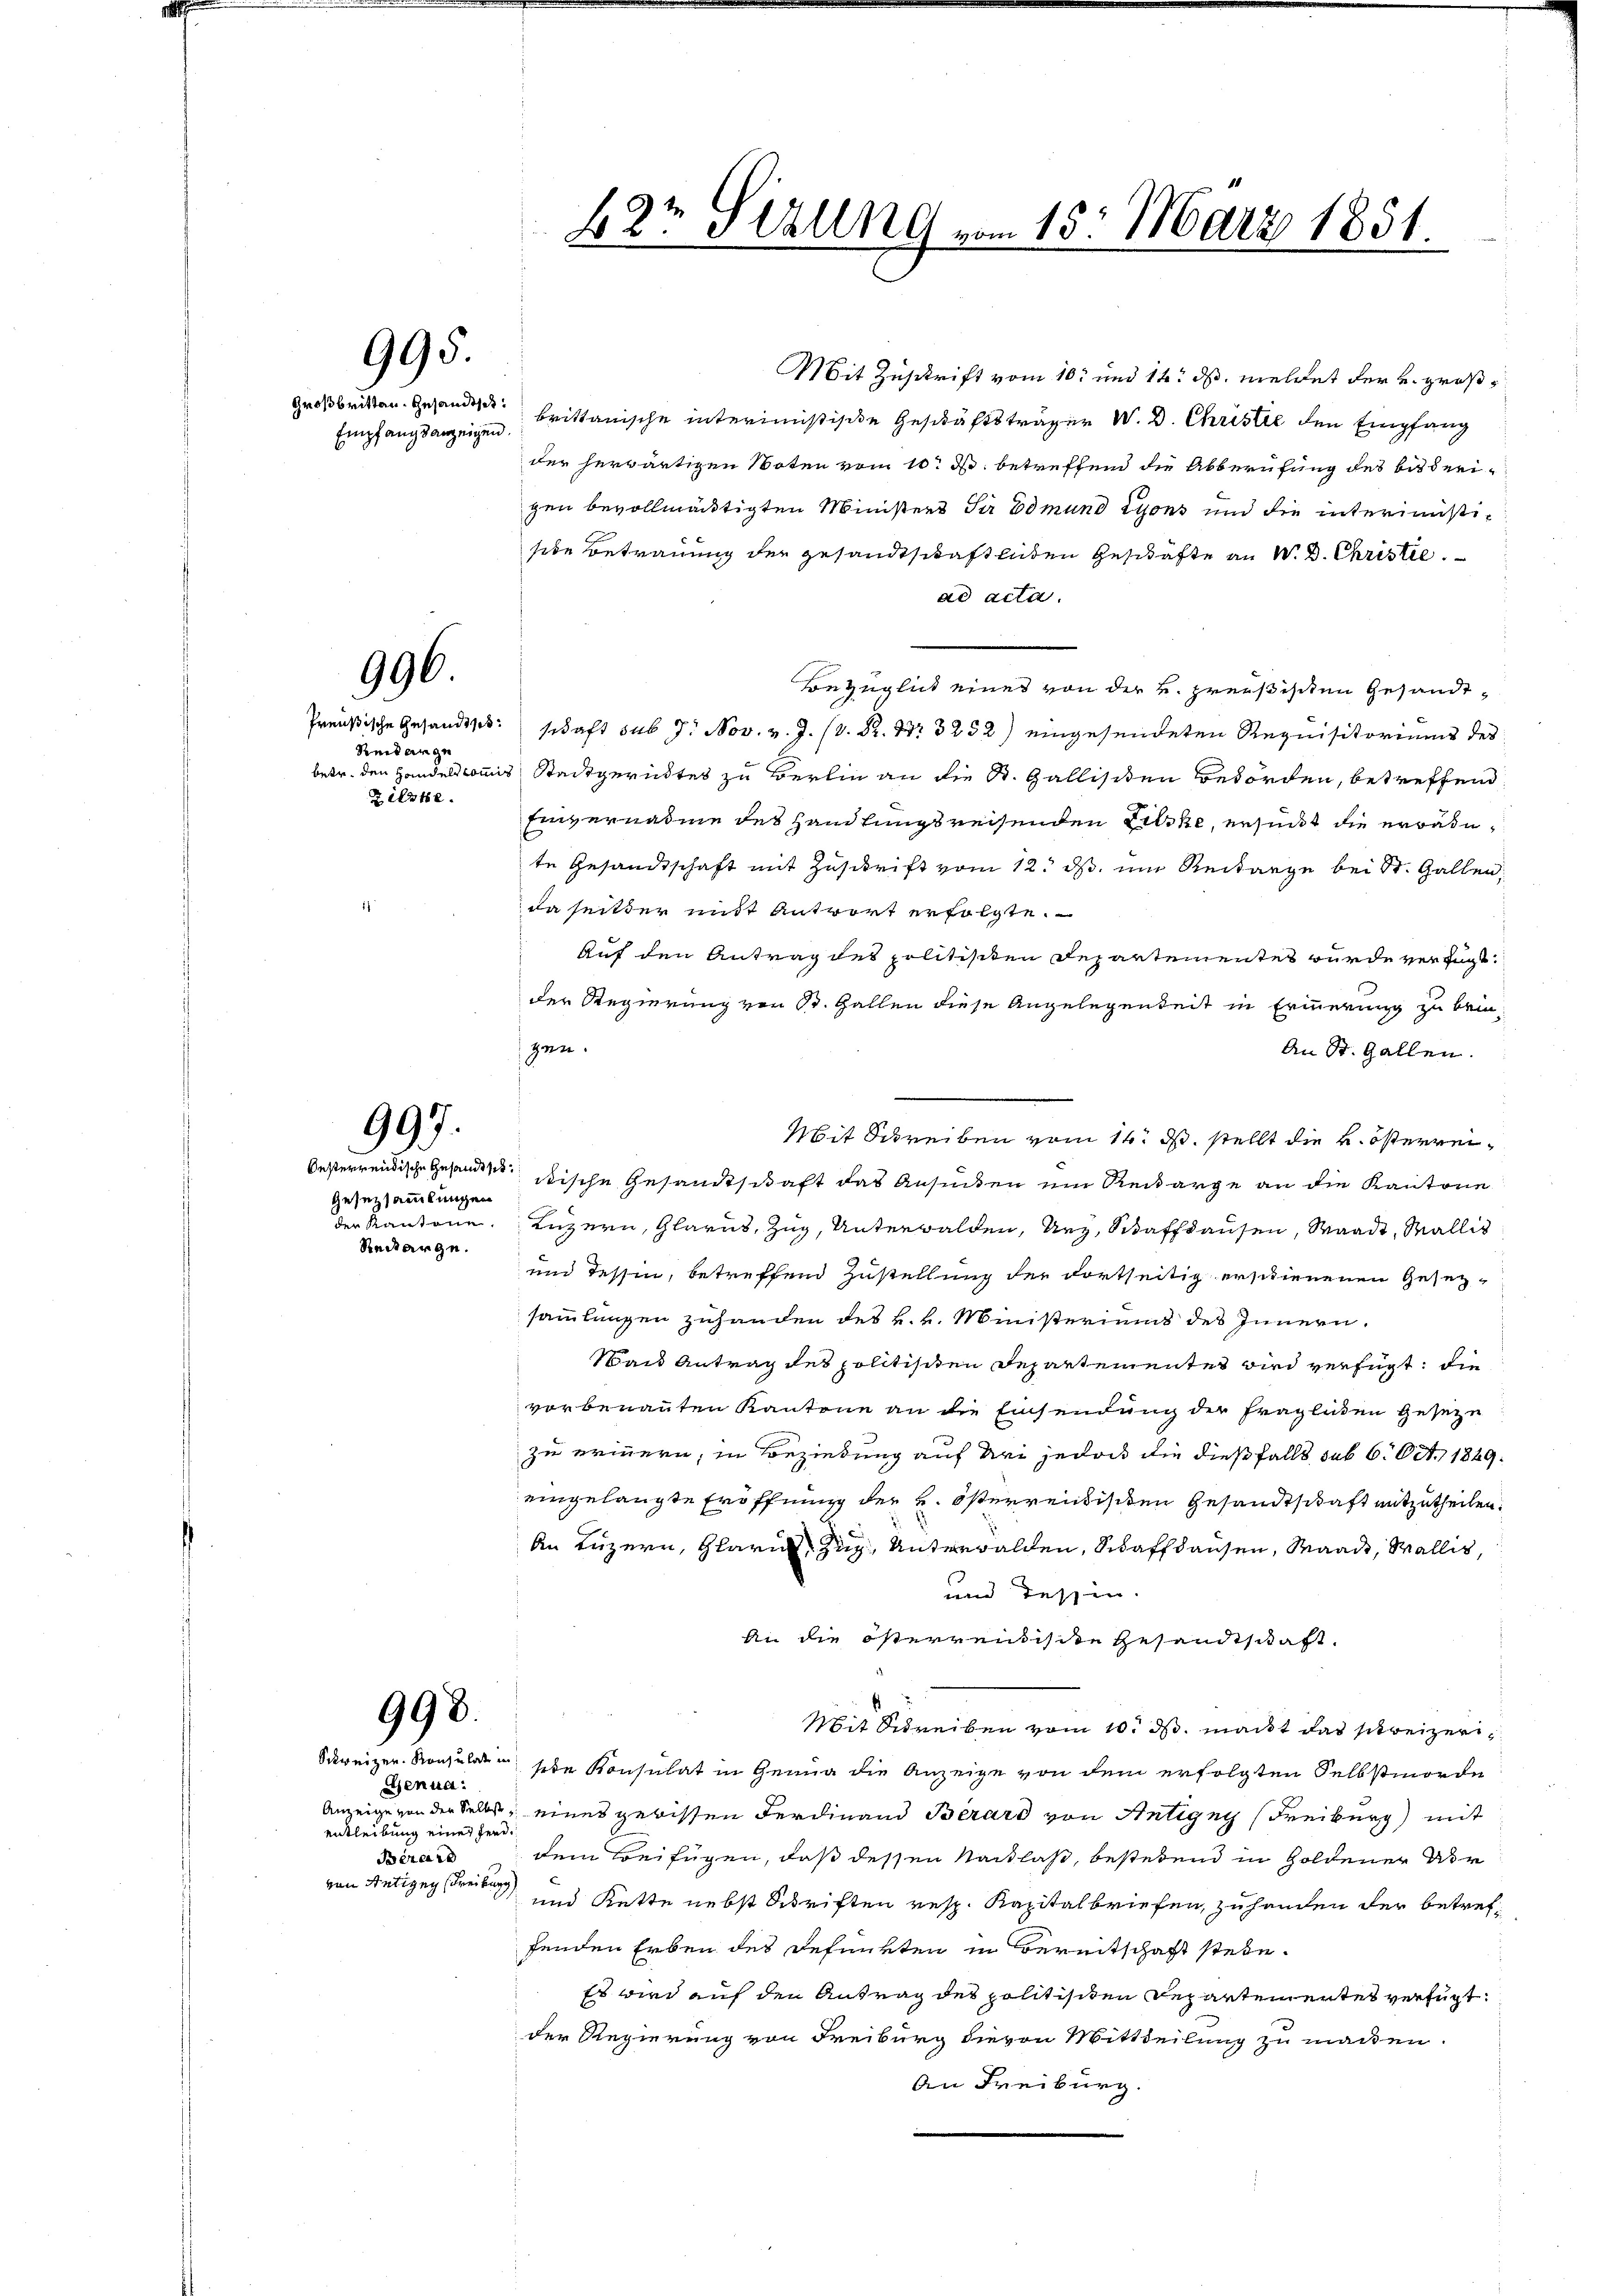
995.

Empfangsanzeigen.

996.

Reitarge
Zilzte.

997.

Oesterrendische Gesandt st
Gesetzsammlungen
der Kantone.
Rediarge.

998.

Genua
entleibung einer Ferd.
Berard
von Antigny (Freiburg

Mit Zuschrift vom 10. und 14. ds. meldet der u. groß¬
Großbritten. Gesandtsch brittanische interimistische Geschäftsträger W. D. Christie den Empfang
der herwärtigen Noten vom 10. d. betreffend die Abberufung des bisherigen bevollmächtigten Ministers der Edmund Lyons und die interimistisebe Betrauung der gesandtschaftlichen Geschäfte an W. B. Christie
ad acta.
Bezüglich eines von der v. Preußischen Gesandt¬
Preußische Gesandtsch: schaft sub 7. Nov. v. J. V. P. Nr. 3252) eingesendeten Requisitoriums des
betr. den Handelskommis Stadtgerichtes zu Berlin an die St. Gallisten Behörden, betreffend
Einvernahme des Handlungsreisenden Lilske, ersucht die erwähnte Gesandtschaft mit Zuschrift vom 12. ds. um Reitange bei St. Gallen,
da seitder mit Antwort erfolgte.
Auf den Antrag des politisiten Departementes wurde verfügt:
der Regierung von 13. Gallen diese Angelegenheit in Erinnerung zu brin¬
An St. Gallen.
Mit Schreiben vom 14. d. stellt die k. österreiitische Gesandtschaft das Ansuchen um Reckarge an die Kantone
Luzern, Glarus, Zug, Unterwalden, Ury, Schaffhausen, Waadt, Wallis
und Tessin, betreffend Zustellung der dortseitig erschienenen Gesezsammlungen zuhanden des k. k. Ministeriums des Innern.
Maus Antrag des politischen Departementes wird verfügt: die
vorbenannten Kantone an die Einsendung der fraglichen Geseze
zu erinnern, in Beziehung auf dei jedoch die dießfalls sub 6. Oct. 1849.
eingelangte Eröffnung der v. österreichischen Gesandtschaft mitzutheilen.
An Luzern, Glarus, Zug, Unterwalden, Schaffhausen, Waadt, Wallis,
und dessen.
An die österrentische Gesandtschaft
Mit Schreiben vom 10. ds. macht das schweizeri¬
Schweizer. Konsuladen sehe Konsulat in Genug die Anzeige von dem erfolgten Selbstmorde
Anzeige von der Selbst eines gebissen Ferdinand Berard von Antigny (Freiburg) mit
dem Beifügen, daß dessen Nachlaß, bestehend in Goldener Dir
und Kette nebst Schriften resp. Kapitalbriefen, zu handen der betreffenden Erben des Refunkten in Bereitschaft stehe¬
Es wird auf den Antrag des politischen Departementes verfügt:
der Regierung von Freiburg hievon Mittheilung zu machen.
An Freiburg.

gen.

B2r schung vom 15. März 1851.